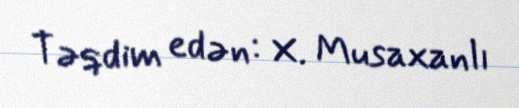
Təqdim edən: X. Musaxanlı